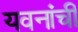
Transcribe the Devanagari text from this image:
यवनांची